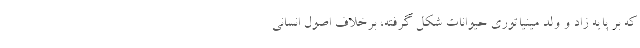
که بر پایه زاد و ولد مینیاتوری حیوانات شکل گرفته، برخلاف اصول انسانی